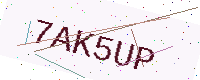
Text: 7AK5UP